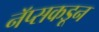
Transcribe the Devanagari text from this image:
नॅप्सकडून